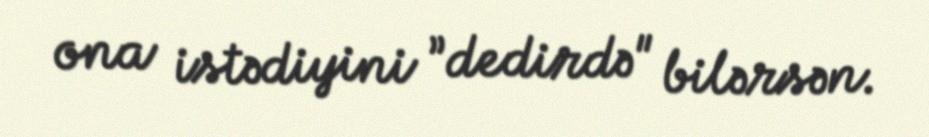
ona istədiyini ”dedirdə" bilərsən.